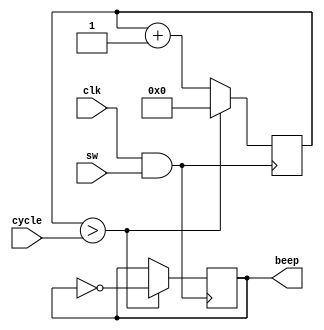
module Beep(clk, cycle, sw, beep);
input clk;
input [31:0]cycle;
input sw;
output reg beep;

reg [31:0]count = 0;

always @ (posedge clk && sw) begin
	// push btn0 to beep
	if(count > cycle) begin
		count = 0;
		beep = ~beep;
	end
	else begin
		count = count + 1;
		beep = beep;
	end
end

endmodule